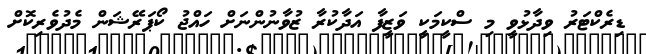
ޑިރެކްޓަރު ވިދާޅުވީ މި ސްކީމަކީ ވަޒީފާ އަދާކުރާ ޒުވާނުންނަށް ހައްޖު ކޯޕަރޭޝަން މެދުވެރިކޮށް